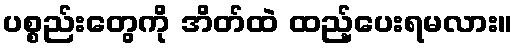
ပစ္စည်းတွေကို အိတ်ထဲ ထည့်ပေးရမလား။